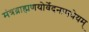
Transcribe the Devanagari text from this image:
मंत्रब्राह्मणयोर्वेदनामधेयम्